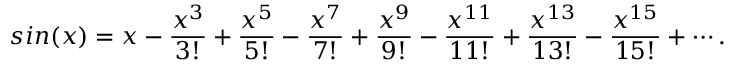
s i n ( x ) = x - \frac { x ^ { 3 } } { 3 ! } + \frac { x ^ { 5 } } { 5 ! } - \frac { x ^ { 7 } } { 7 ! } + \frac { x ^ { 9 } } { 9 ! } - \frac { x ^ { 1 1 } } { 1 1 ! } + \frac { x ^ { 1 3 } } { 1 3 ! } - \frac { x ^ { 1 5 } } { 1 5 ! } + \cdots .